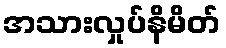
အသားလှုပ်နိမိတ်